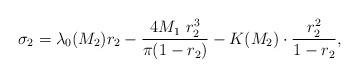
LaTeX: \begin{align*}\sigma_{2}=\lambda_{0}(M_{2})r_{2}-\frac{4M_1\ r_{2}^{3}}{\pi (1-r_{2})}-K(M_{2})\cdot\frac{r_{2}^{2}}{1-r_{2}},\end{align*}